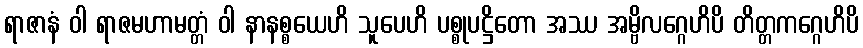
ရာဇာနံ ဝါ ရာဇမဟာမတ္တံ ဝါ နာနစ္စယေဟိ သူပေဟိ ပစ္စုပဋ္ဌိတော အဿ အမ္ဗိလဂ္ဂေဟိပိ တိတ္တကဂ္ဂေဟိပိ